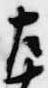
左